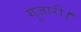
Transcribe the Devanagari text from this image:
गुजारी।